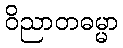
ဝိညာတဓမ္မာ